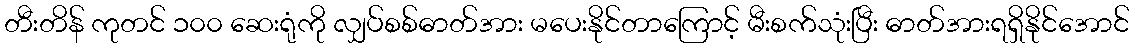
တီးတိန် ကုတင် ၁၀၀ ဆေးရုံကို လျှပ်စစ်ဓာတ်အား မပေးနိုင်တာကြောင့် မီးစက်သုံးပြီး ဓာတ်အားရရှိနိုင်အောင်